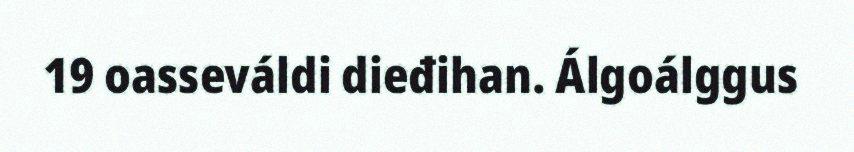
19 oasseváldi dieđihan. Álgoálggus